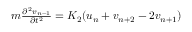
\begin{array} { r } { m \frac { \partial ^ { 2 } v _ { n + 1 } } { \partial t ^ { 2 } } = K _ { 2 } ( u _ { n } + v _ { n + 2 } - 2 v _ { n + 1 } ) } \end{array}